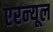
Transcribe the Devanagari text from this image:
एरन्‍यूल